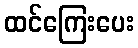
ထင်ကြေးပေး